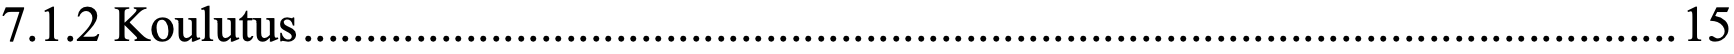
7.1.2 Koulutus .............................................................................................................. 15